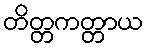
တိတ္တကတ္တာယ